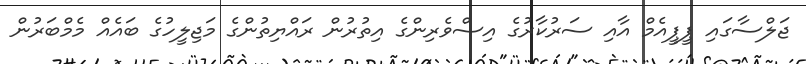
ޖަލްސާގައި ޕީޕީއެމް އާއި ސަރުކާރުގެ އިސްވެރިންގެ އިތުރުން ރައްޔިތުންގެ މަޖިލީހުގެ ބައެއް މެމްބަރުން